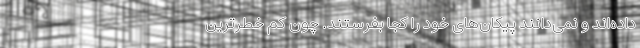
داده‌اند و نمی‌دانند پیکان‌های خود را کجا بفرستند. چون کم خطرترین